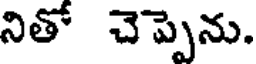
నితో చెప్పెను.